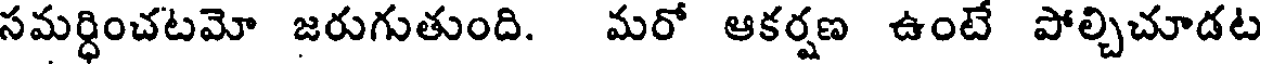
సమర్ధించటమో జరుగుతుంది. మరో ఆకర్షణ ఉంటే పోల్చిచూడట